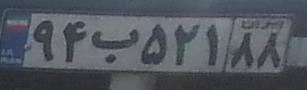
۹۴ب۵۲۱۸۸